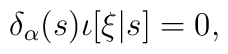
\delta_\alpha(s) \iota[\xi|s] = 0,